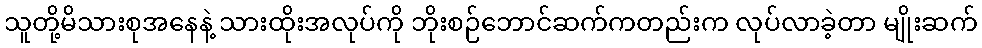
သူတို့မိသားစုအနေနဲ့ သားထိုးအလုပ်ကို ဘိုးစဉ်ဘောင်ဆက်ကတည်းက လုပ်လာခဲ့တာ မျိုးဆက်